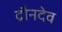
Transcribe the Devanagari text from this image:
द्रौनदेव